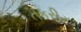
તકરીર